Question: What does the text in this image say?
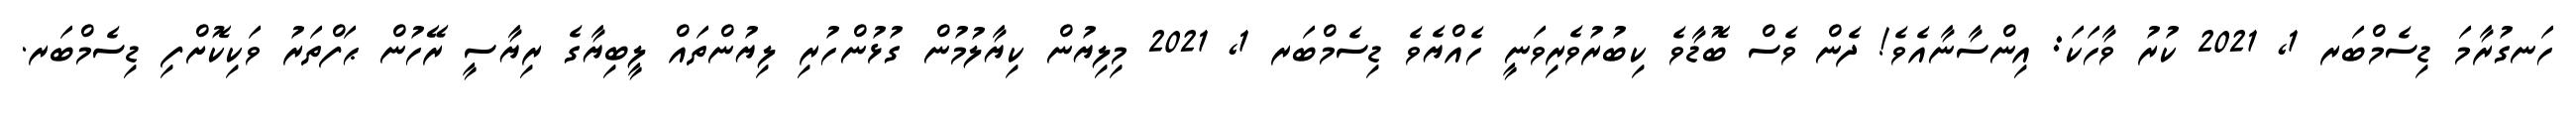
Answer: ހަނގުރާމަ ޑިސެމްބަރ 1, 2021 ކުރު ވާހަކަ: އިންސާނާއެވެ! ދެން ވެސް ބޮޑާވެ ކިބުރުވެރިވަނީ ހެއްޔެވެ ޑިސެމްބަރ 1, 2021 މިލިޔުން ކިޔާލުމުން ގުޅުންހުރި ލިޔުންތައް ލީބިޔާގެ ރިޔާސީ ރޭހުން ޙަފްތަރު ވަކިކޮށްފި ޑިސެމްބަރ.